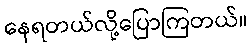
နေရတယ်လို့ပြောကြတယ်။